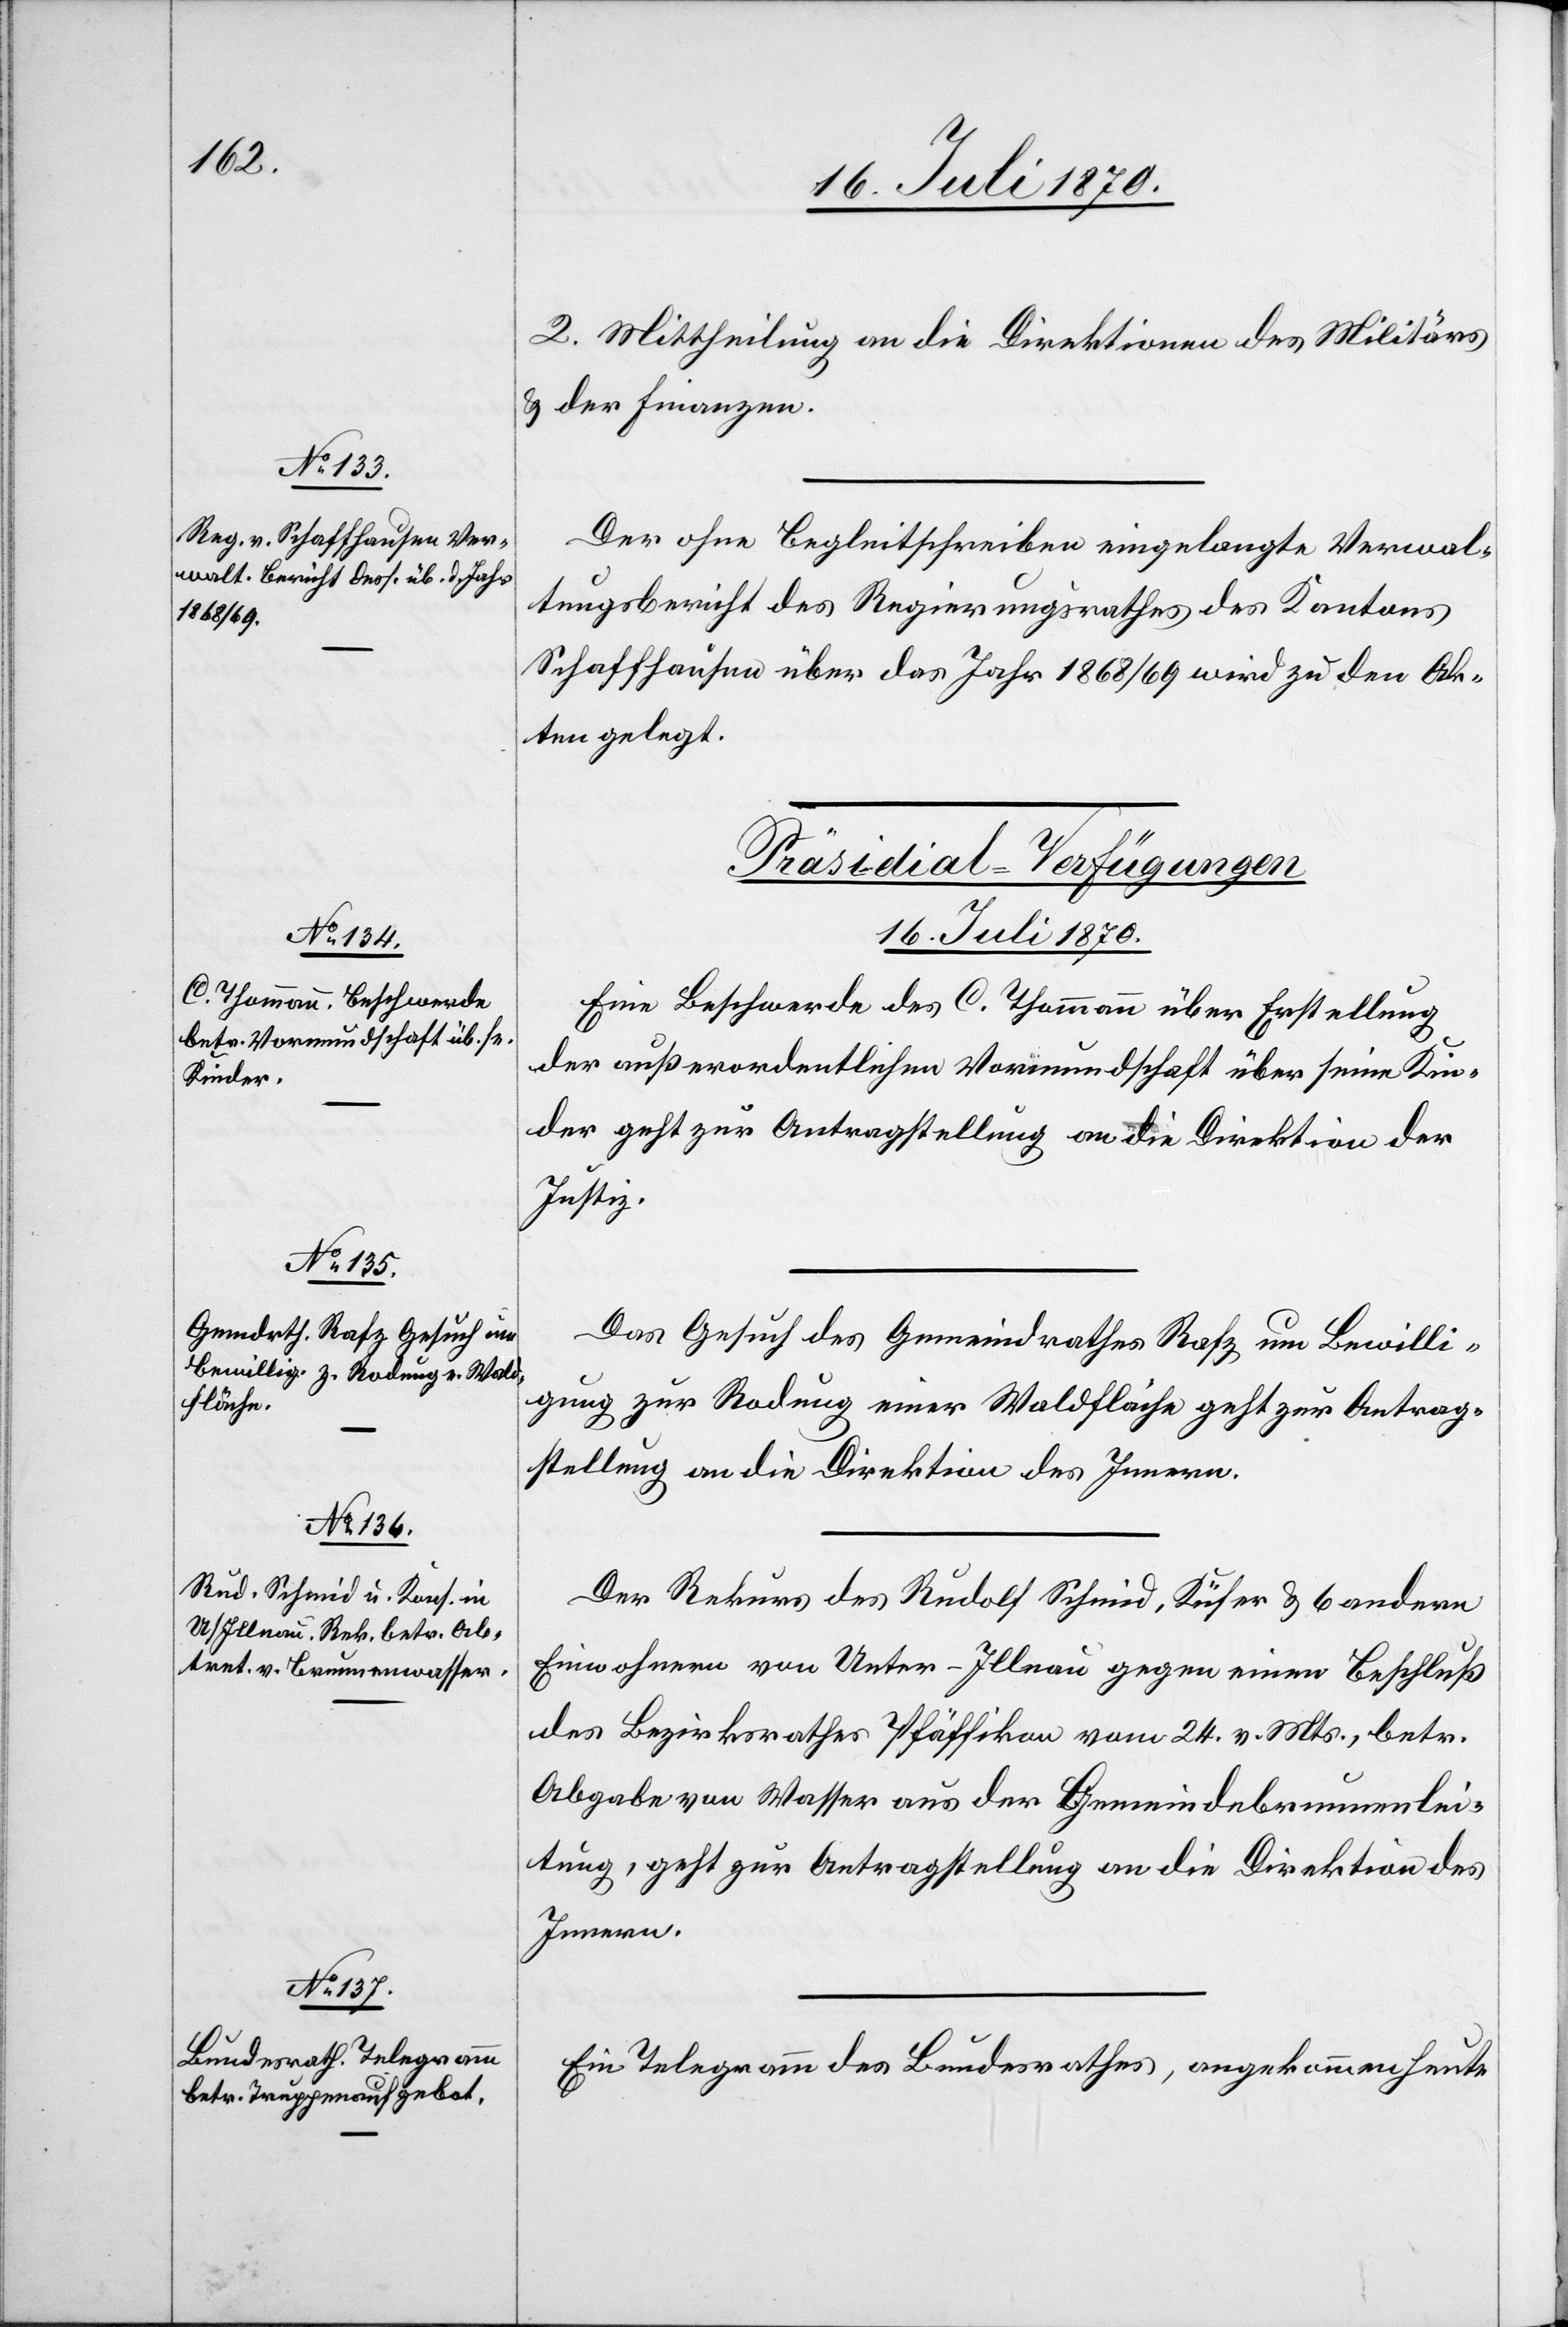
2. Mittheilung an die Direktionen des Militärs
& der Finanzen.
Der ohne Begleitschreiben eingelangte Verwal¬
tungsbericht des Regierungsrath des Kantons
Schaffhausen über das Jahr 1868/69 wird zu den Ak¬
ten gelegt.
[Präsidial-Verfügungen.
16. Juli 1870.]
Eine Beschwerde des C. Thommann über Erstellung
der außerordentlichen Vormundschaft über seine Kin¬
der geht zur Antragstellung an die Direktion der
Justiz.
Das Gesuch des Gemeindrathes Rafz um Bewilli¬
gung zur Rodung einer Waldfläche geht zur Antrag¬
stellung an die Direktion des Innern.
Der Rekurs des Rudolf Schmid, Küfer & 6 anderen
Einwohnern von Unter-Illnau gegen einen Beschluß
des Bezirksrathes Pfäffikon vom 24. v. Mts., betr.
Abgabe von Wasser aus der Gemeindebrunnenlei¬
tung, geht zur Antragstellung an die Direktion des
Innern.
Ein Telegramm des Bundesrathes, angekommen heute